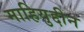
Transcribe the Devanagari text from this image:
माहियुद्दीन